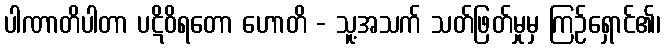
ပါဏာတိပါတာ ပဋိဝိရတော ဟောတိ - သူ့အသက် သတ်ဖြတ်မှုမှ ကြဉ်ရှောင်၏၊